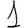
Digit: 1